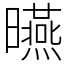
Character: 曣